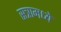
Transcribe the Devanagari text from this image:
सत्रामध्ये